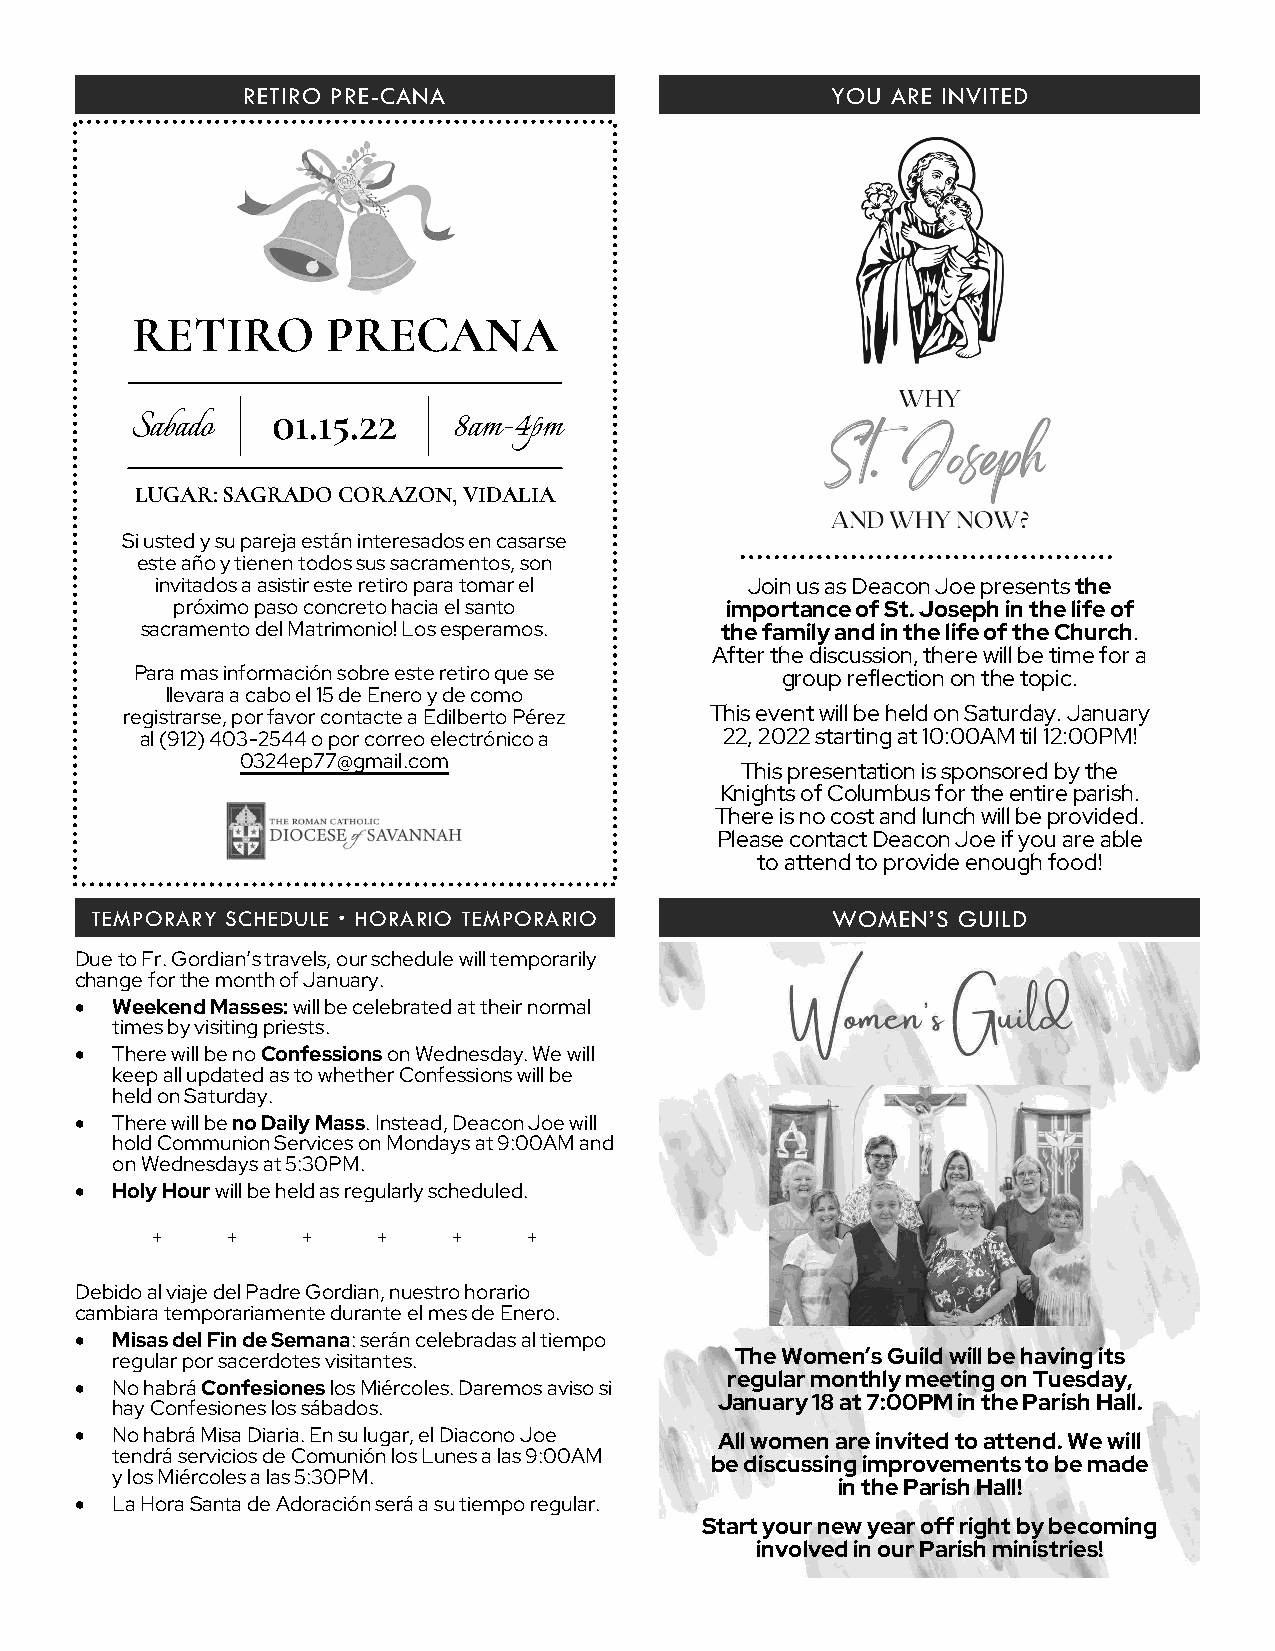
RETIRO PRE-CANA                        YOU ARE INVITED
 RETIRO       PRECANA
 Sabado   01.15.22    8am-4pm
 LUGAR: SAGRADO CORAZON, VIDALIA
 Si usted y su pareja están interesados en casarse
 este año y tienen todos sus sacramentos, son
 invitados a asistir este retiro para tomar el Join us as Deacon Joe presents the
 próximo paso concreto hacia el santo importance of St. Joseph in the life of
 sacramento del Matrimonio! Los esperamos. the family and in the life of the Church.
 After the discussion, there will be time for a
 Para mas información sobre este retiro que se group reflection on the topic.
 llevara a cabo el 15 de Enero y de como
 registrarse, por favor contacte a Edilberto Pérez This event will be held on Saturday. January
 al (912) 403-2544 o por correo electrónico a 22, 2022 starting at 10:00AM til 12:00PM!
 0324ep77@gmail.com
 This presentation is sponsored by the
 Knights of Columbus for the entire parish.
 There is no cost and lunch will be provided.
 Please contact Deacon Joe if you are able
 to attend to provide enough food!
 TEMPORARY SCHEDULE • HORARIO TEMPORARIO          WOMEN’S GUILD
 Due to Fr. Gordian’s travels, our schedule will temporarily
 change for the month of January.
 • Weekend Masses: will be celebrated at their normal
 times by visiting priests.
 • There will be no Confessions on Wednesday. We will
 keep all updated as to whether Confessions will be
 held on Saturday.
 • There will be no Daily Mass. Instead, Deacon Joe will
 hold Communion Services on Mondays at 9:00AM and
 on Wednesdays at 5:30PM.
 • Holy Hour will be held as regularly scheduled.
 +    +    +    +    +    +
 Debido al viaje del Padre Gordian, nuestro horario
 cambiara temporariamente durante el mes de Enero.
 • Misas del Fin de Semana: serán celebradas al tiempo
 regular por sacerdotes visitantes.        The Women’s Guild will be having its
 regular monthly meeting on Tuesday,
 • No habrá Confesiones los Miércoles. Daremos aviso si
 January 18 at 7:00PM in the Parish Hall.
 hay Confesiones los sábados.
 • No habrá Misa Diaria. En su lugar, el Diacono Joe All women are invited to attend. We will
 tendrá servicios de Comunión los Lunes a las 9:00AM
 be discussing improvements to be made
 y los Miércoles a las 5:30PM.
 in the Parish Hall!
 • La Hora Santa de Adoración será a su tiempo regular.
 Start your new year off right by becoming
 involved in our Parish ministries!